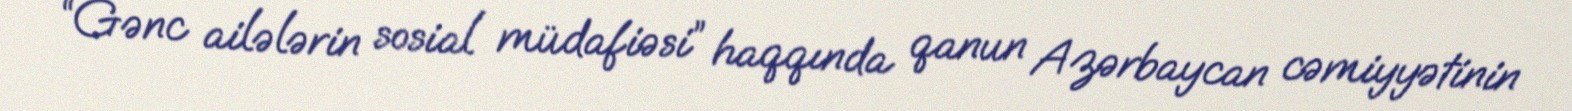
“Gənc ailələrin sosial müdafiəsi” haqqında qanun Azərbaycan cəmiyyətinin